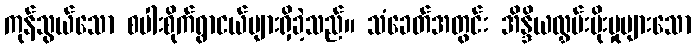
ကုန်သွယ်သော စပါးစိုက်ရွာငယ်များရှိခဲ့သည်။ သံခေတ်အတွင်း အိန္ဒိယလွှမ်းမိုးမှုများသော